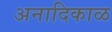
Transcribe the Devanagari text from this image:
अनादिकाळ